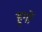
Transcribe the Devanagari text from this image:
हुर्गो